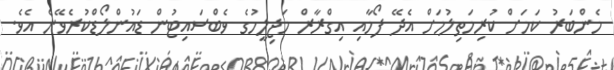
މެންބަރު ކަމަށް ކުރިމަތިލުމަށް އެދޭ ފޯމާއި އިގްރާރް މަޖިލީހުގެ ވެބްސައިޓުން ޑައުންލޯޑްކުރެވޭނެ އެވެ.